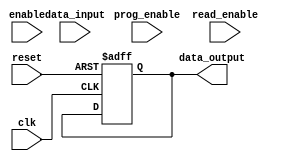
module memory_block(
    input wire clk,
    input wire reset,
    input wire enable,
    input wire prog_enable,
    input wire read_enable,
    input wire [7:0] data_input,
    output reg [7:0] data_output
);

reg [7:0] memory_data;

always @(posedge clk or posedge reset) begin
    if (reset) begin
        memory_data <= 8'b00000000;
    end else begin
        if (enable && prog_enable) begin
            // Programming logic to blow anti-fuses and store data
            // Here you would implement the anti-fuse programming logic
        end else if (enable && read_enable) begin
            // Reading logic to retrieve stored data
            // Here you would implement the logic to read the stored data
        end
    end
end

assign data_output = memory_data;

endmodule